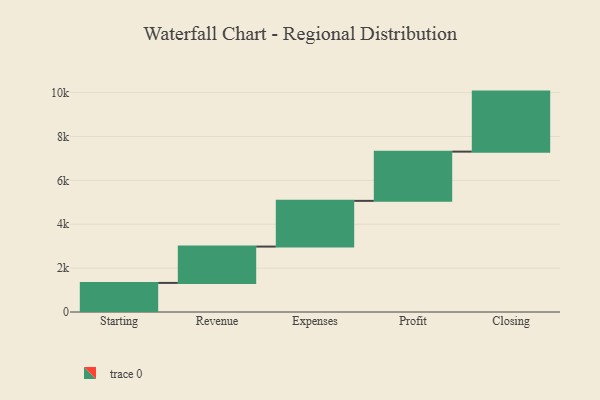
{"axis": {"x": "Step", "y": "Value"}, "legend": [""], "data": [{"x": "Starting", "y": 1326.0, "type": ""}, {"x": "Revenue", "y": 1656.0, "type": ""}, {"x": "Expenses", "y": 2084.0, "type": ""}, {"x": "Profit", "y": 2244.0, "type": ""}, {"x": "Closing", "y": 2736.0, "type": ""}]}